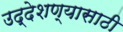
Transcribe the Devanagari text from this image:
उद्देशण्यासाठी